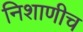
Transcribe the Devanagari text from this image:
निशाणीच